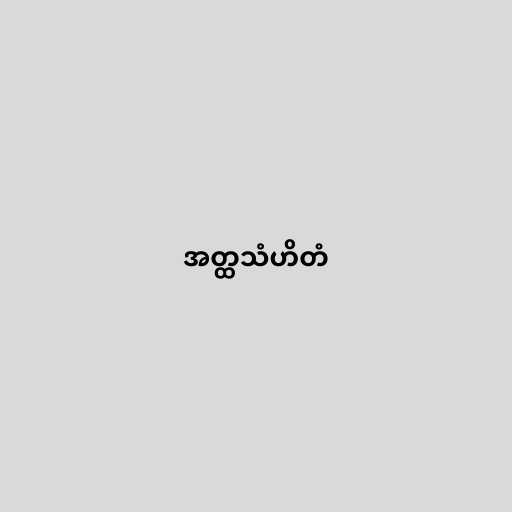
အတ္ထသံဟိတံ